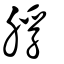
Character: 脬